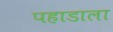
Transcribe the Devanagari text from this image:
पहाडाला